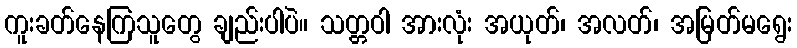
ကူးခတ်နေကြသူတွေ ချည်းပါပဲ။ သတ္တဝါ အားလုံး အယုတ်၊ အလတ်၊ အမြတ်မရွေး